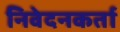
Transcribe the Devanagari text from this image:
निवेदनकर्ता